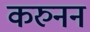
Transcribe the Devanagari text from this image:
करुनन